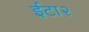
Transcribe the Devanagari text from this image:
ईटा२